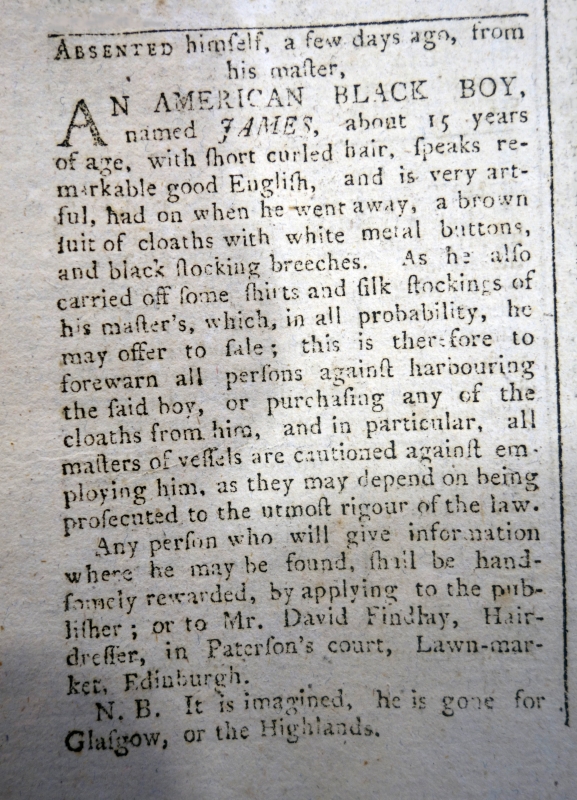
Edinburgh Advertiser, 21 November 1769 (Scotland)
ABSENTED himself, a few days ago, from his master, AN AMERICAN BLACK BOY, named JAMES, about 15 years of age, with short curled hair, speaks remarkable good English, and is very artful, had on when he went away, a brown suit of cloaths with white metal buttons, and black stocking breeches. As he also carried off some shirts and silk stockings of his master’s, which, in all probability, he may offer to sale; this is therefore to forewarn all persons against harbouring the said boy, or purchasing any of the cloaths from him, and in particular, all masters of vessels are cautioned against employing him, as they may depend on being prosecuted to the utmost rigour of the law.   Any person who will give information where he may be found, shall be handsomely rewarded, by applying to the publisher; or to Mr. David Findlay, Hairdresser, in Paterson’s court, Lawn-market, Edinburgh.  N. B. It is imagined, he is gone for Glasgow, or the Highlands.